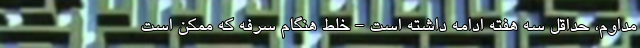
مداوم، حداقل سه هفته ادامه داشته است - خلط هنگام سرفه که ممکن است